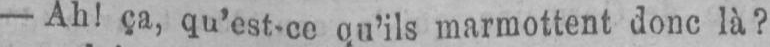
- Ah! ça, qu’est-ce qu’ils marmottent donc là?